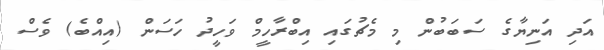
އަދި އަނިޔާގެ ސަބަބުން މި މެޗުގައި އިބްރާހީމް ވަހީދު ހަސަން (އިއްބެ) ވެސް